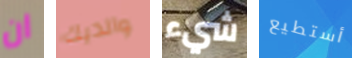
ان والديك شيء أستطيع